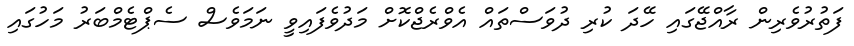
ފަތުރުވެރިން ރާއްޖޭގައި ހޭދަ ކުރި ދުވަސްތައް އެވްރެޖްކޮށް މަދުވެފައިވީ ނަމަވެސް ސެޕްޓެމްބަރު މަހުގައި